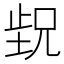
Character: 𬆁